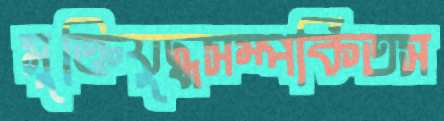
মুক্তিযুদ্ধসম্পর্কিতস